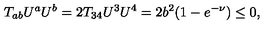
T _ { a b } U ^ { a } U ^ { b } = 2 T _ { 3 4 } U ^ { 3 } U ^ { 4 } = 2 b ^ { 2 } ( 1 - e ^ { - \nu } ) \le 0 ,